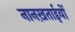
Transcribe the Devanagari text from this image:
नानख़ताईयों